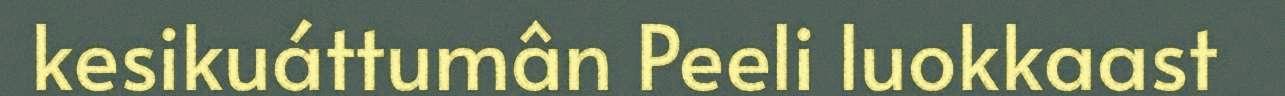
kesikuáttumân Peeli luokkaast